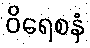
ဝိရေစနံ